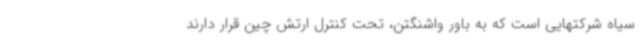
سیاه شرکتهایی است که به باور واشنگتن، تحت کنترل ارتش چین قرار دارند